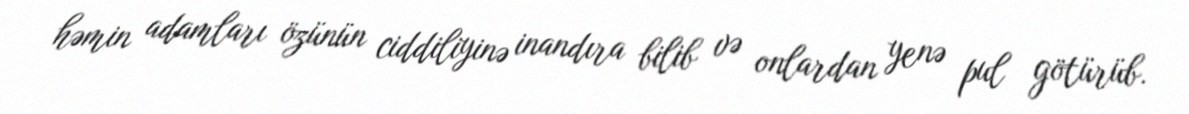
həmin adamları özünün ciddiliyinə inandıra bilib və onlardan yenə pul götürüb.